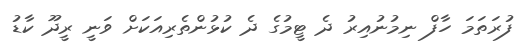
ފުރަތަމަ ހާފް ނިމުނުއިރު ދެ ޓީމުގެ ދެ ކުޅުންތެރިއަކަށް ވަނީ ރީދޫ ކާޑު